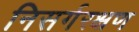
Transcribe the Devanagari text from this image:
निसर्गरक्षण